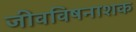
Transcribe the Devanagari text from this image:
जीवविषनाशक